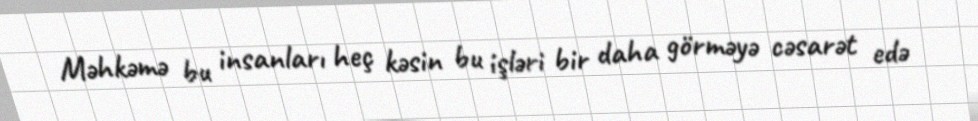
Məhkəmə bu insanları heç kəsin bu işləri bir daha görməyə cəsarət edə